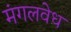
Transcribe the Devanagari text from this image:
मंगलवेध